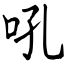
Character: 吼